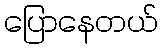
ပြောနေတယ်